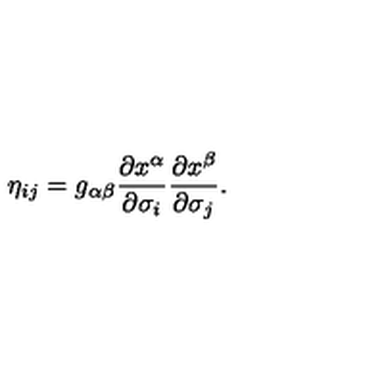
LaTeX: \eta _ { i j } = g _ { \alpha \beta } \frac { \partial x ^ { \alpha } } { \partial \sigma _ { i } } \frac { \partial x ^ { \beta } } { \partial \sigma _ { j } } .